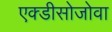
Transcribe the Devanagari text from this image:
एक्डीसोजोवा